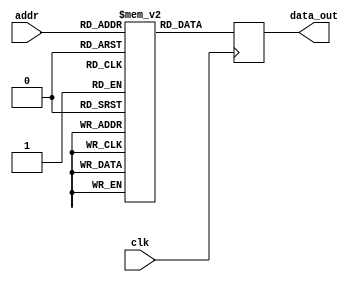
module parameterized_rom #(
    parameter DATA_WIDTH = 8,    // Number of bits in each data word
    parameter ADDR_WIDTH = 4      // Number of bits for addressing
)(
    input wire [ADDR_WIDTH-1:0] addr,   // Address input
    input wire clk,                      // Clock input (for synchronous behavior)
    output reg [DATA_WIDTH-1:0] data_out // Data output
);

    // Memory initialization
    reg [DATA_WIDTH-1:0] rom [(2**ADDR_WIDTH)-1:0]; // ROM memory array

    initial begin
        // Initialize ROM with predefined values (example values)
        // You can change these values as needed
        rom[0]  = 8'h00;
        rom[1]  = 8'h01;
        rom[2]  = 8'h02;
        rom[3]  = 8'h03;
        rom[4]  = 8'h04;
        rom[5]  = 8'h05;
        rom[6]  = 8'h06;
        rom[7]  = 8'h07;
        rom[8]  = 8'h08;
        rom[9]  = 8'h09;
        rom[10] = 8'h0A;
        rom[11] = 8'h0B;
        rom[12] = 8'h0C;
        rom[13] = 8'h0D;
        rom[14] = 8'h0E;
        rom[15] = 8'h0F; // Continue initializing as needed
    end

    // Combinational read operation
    always @(posedge clk) begin
        data_out <= rom[addr]; // Read data from ROM on clock edge
    end

endmodule